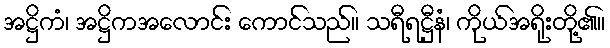
အဋ္ဌိကံ၊ အဋ္ဌိကအလောင်း ကောင်သည်။ သရီရဋ္ဌီနံ၊ ကိုယ်အရိုးတို့၏။